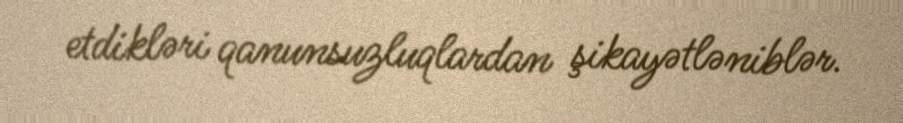
etdikləri qanunsuzluqlardan şikayətləniblər.